Civil Veterinary Dept. Bombay admin report 1914-1922 - 1914-1922
Year: 1914
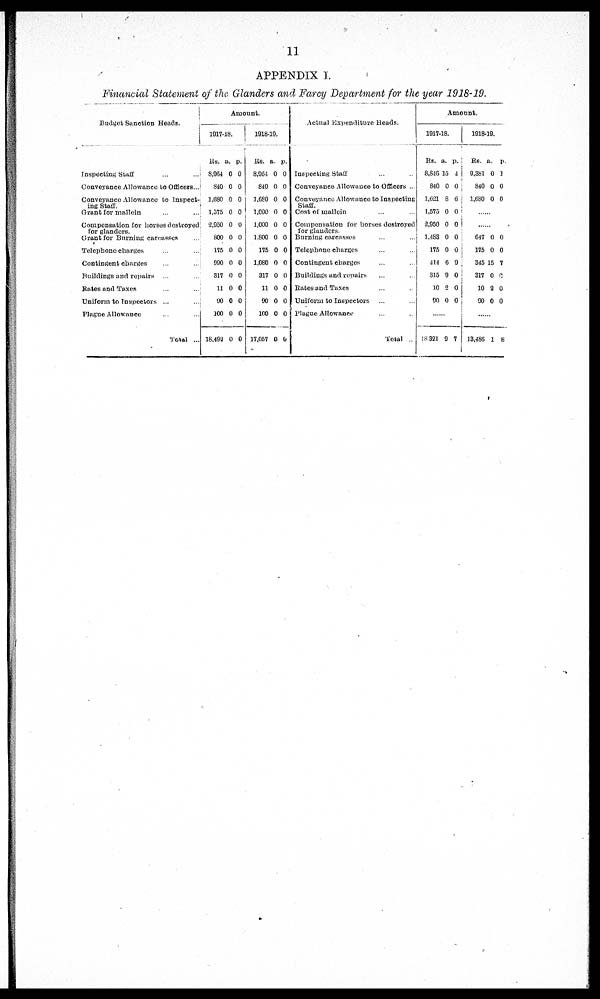
11
APPENDIX I.
Financial Statement of the Glanders and Farcy Department for the year 1918-19.
Budget Sanction Heads.
Inspecting Staff ... ...
Conveyance Allowance to Officers ...
Conveyance Allowance to Inspect-
ing Staff.
Grant for mallein ... ...
Compensation for horses destroyed
for glanders.
Grant for Burning carcasses ...
Telephone charges ... ...
Contingent charges
Buildings and repairs
Rates and Taxes ... ...
Uniform to Inspectors ...
Plague Allowance ... ...
Total ...
Amount.
1917-18.
Rs.
8,964
840
1,680
1,575
2,950
800
176
990
317
11
90
100
18,492
a.
0
0
0
0
0
0
0
0
0
0
0
0
0
p.
0
0
0
0
0
0
0
0
0
0
0
0
0
1918-19.
Rs.
8,964
810
1,680
1,000
1,000
1,800
175
1,080
317
11
90
100
17,057
a.
0
0
0
0
0
0
0
0
0
0
0
0
0
p.
0
0
0
0
0
0
0
0
0
0
0
0
0
Actual Expenditure Heads.
Inspecting Staff ... ...
Conveyance Allowance to Officers ...
Conveyance Allowance to Inspecting
Staff.
Cost of mallein ... ...
Compensation for horses destroyed
for glanders.
Burning carcasses ... ...
Telophone charges ... ...
Contingent charges ... ...
Buildings and repairs ... ...
Bates and Taxes ... ...
Uniform to Inspectors ... ...
Plague Allowance ... ...
Total ...
Amount.
1917-18.
Rs.
8,846
840
1,621
1,575
2,950
1,483
175
414
315
10
90
a.
15
0
8
0
0
0
0
6
9
2
0
p.
4
0
6
0
0
0
0
9
0
0
0
......
18,321 9 7
1918-19.
Rs.
9,381
840
1,680
a.
0
0
0
p.
1
0
0
......
......
647
175
345
317
10
90
0
0
15
0
2
0
0
0
7
0
0
0
......
13,486 1 8